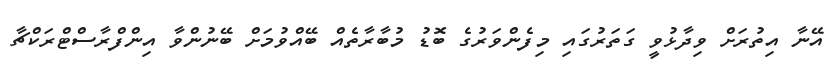
އޭނާ އިތުރަށް ވިދާޅުވީ ގަތަރުގައި މިފެންވަރުގެ ބޮޑު މުބާރާތެއް ބޭއްވުމަށް ބޭނުންވާ އިންފްރާސްޓްރަކްޗާ